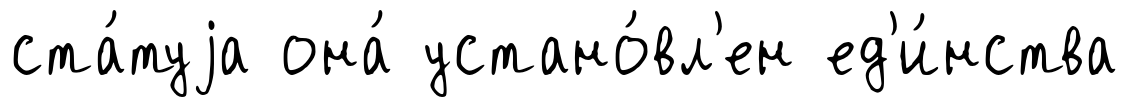
ста́туjа она́ устано́вл'ен ед'и́нства